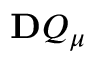
\ensuremath { \mathbf Ḋ Q Ḍ } _ { \ensuremath Ḋ \boldsymbol Ḋ \mu Ḍ Ḍ }